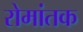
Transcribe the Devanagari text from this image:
रोमांतक